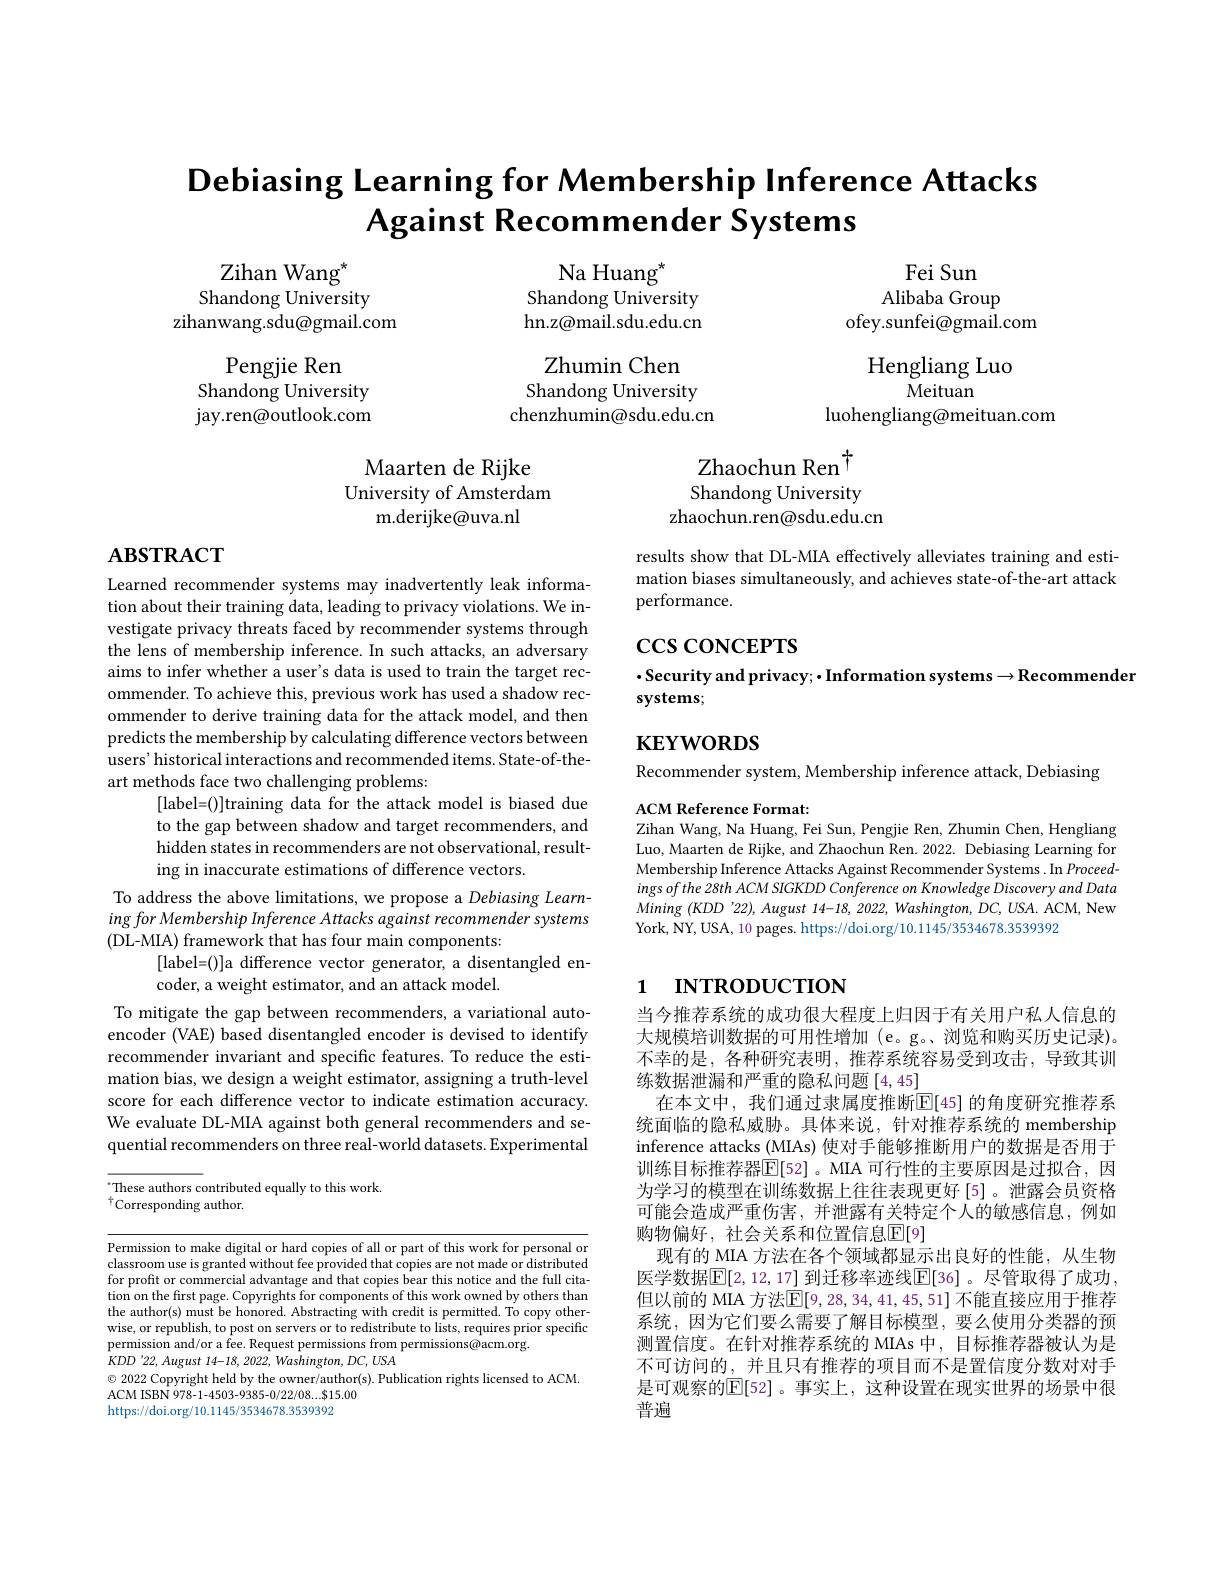
# $\textbf{Debiasing Learning for Membership Inference Attacks}$ Against Recommender Systems

Na Huang$^{\star}$
Shandong University hn. z@ mail. sdu. edu. cn

Zihan Wang$^{*}$
Shandong University
zihanwang.sdu@gmail.com

Fei Sun
Alibaba Group
ofey.sunfei@gmail.com
Hengliang Luo
$\bar{\text{Meituan}}$
luohengliang@meituan.com

Zhumin Chen Shandong University chenzhumin@sdu.edu.cn

Pengjie Ren
Shandong University jay. ren@ outlook. com

Maarten de Rijke
University of Amsterdam
m.derijke@uva.nl

$\begin{array}{c}\text{Zhaochun Ren}^\dagger\\\text{Shandong University}\end{array}$
zhaochun.ren@sdu.edu.cn

# $\mathbf{ABSTRACT}$

results show that DL-MIA effectively alleviates training and estimation biases simultaneously, and achieves state-of-the-art attack performance.

$\csc\csc\cos$CEPTS

## $\cdot$Security and privacy; • Information systems$\to$Recommender systems;

KEYWORDS

Learned recommender systems may inadvertently leak information about their training data, leading to privacy violations. We investigate privacy threats faced by recommender systems through the lens of membership inference. In such attacks, an adversary aims to infer whether a user's data is used to train the target recommender. To achieve this, previous work has used a shadow recommender to derive training data for the attack model, and then predicts the membership by calculating difference vectors between users'historical interactions and recommended items. State-of-theart methods face two challenging problems:
[label=()]training data for the attack model is biased due to the gap between shadow and target recommenders, and hidden states in recommenders are not observational, resulting in inaccurate estimations of difference vectors.
To address the above limitations, we propose a Debiasing Learning for Membership Inference Attacks against recommender systems (DL-MIA) framework that has four main components:
[label=()]a difference vector generator, a disentangled en-
coder, a weight estimator, and an attack model.

Recommender system, Membership inference attack, Debiasing
ACM Reference Format:

Zihan Wang, Na Huang, Fei Sun, Pengjie Ren, Zhumin Chen, Hengliang Luo, Maarten de Rijke, and Zhaochun Ren. 2022. Debiasing Learning for Membership Inference Attacks Against Recommender Systems. In Proceed- $ingsofthe28thACMSIGKDDConferenceonKnowledgeDiscoveryandData$ $Mining(KDD’22),August$ 14-18, 2022, Washington, DC, USA. ACM, New York, NY, USA, 10 pages. https://doi.org/10.1145/3534678.3539392

## 1 $\textbf{INTRODUCTION}$

To mitigate the gap between recommenders, a variational autoencoder (VAE) based disentangled encoder is devised to identify recommender invariant and specific features. To reduce the estimation bias, we design a weight estimator, assigning a truth-level score for each difference vector to indicate estimation accuracy. We evaluate DL-MIA against both general recommenders and sequential recommenders on three real-world datasets. Experimental

These authors contributed equally to this work. These authors contributed equally to this work.
$^{\dagger}$Corresponding author.

当今推荐系统的成功很大程度上归因于有关用户私人信息的大规模培训数据的可用性增加(e。g。、浏览和购买历史记录)。不幸的是，各种研究表明，推荐系统容易受到攻击，导致其训练数据泄漏和严重的隐私问题[4,45]
在本文中，我们通过隶属度推断$\mathbb{E}[$45] 的角度研究推荐系统面临的隐私威胁。具体来说，针对推荐系统的 membership inference attacks (MIAs) 使对手能够推断用户的数据是否用于训练目标推荐器$\mathbb{E}[52]$ 。MIA 可行性的主要原因是过拟合，因为学习的模型在训练数据上往往表现更好[5]。泄露会员资格可能会造成严重伤害，并泄露有关特定个人的敏感信息，例如购物偏好，社会关系和位置信息$\mathbb{E}[9]$
现有的 MIA 方法在各个领域都显示出良好的性能，从生物医学数据$\mathbb{E}[2,12,17]$ 到迁移率迹线$\mathbb{E}[36]$。尽管取得了成功， 但以前的 MIA 方法$\boxed{\mathbb{E}}[9,28,34,41,45,51]$ 不能直接应用于推荐系统，因为它们要么需要了解目标模型，要么使用分类器的预测置信度。在针对推荐系统的 MIAs 中，目标推荐器被认为是不可访问的，并且只有推荐的项目而不是置信度分数对对手是可观察的$\overline{\mathbb{E}}[52]$。事实上，这种设置在现实世界的场景中很普遍

Permission to make digital or hard copies of all or part of this work for personal or classroom use is granted without fee provided that copies are not made or distributed for profit or commercial advantage and that copies bear this notice and the full citation on the first page. Copyrights for components of this work owned by others than the author(s) must be honored. Abstracting with credit is permitted. To copy otherwise, or republish, to post on servers or to redistribute to lists, requires prior specific permission and/or a fee. Request permissions from permissions@acm.org.
$KDD'22,August~14-18,~2022,~Washington,~DC,~USA$
$\odot$ 2022 Copyright held by the owner/author(s). Publication rights licensed to ACM.
ACM ISBN 978-1-4503-9385-0/22/08...$15.00
https://doi.org/10.1145/3534678.3539392